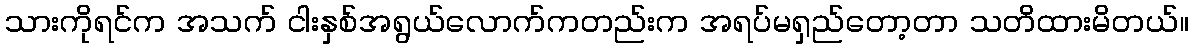
သားကိုရင်က အသက် ငါးနှစ်အရွယ်လောက်ကတည်းက အရပ်မရှည်တော့တာ သတိထားမိတယ်။